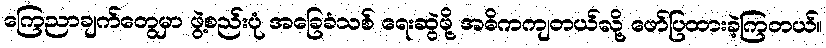
ကြေညာချက်တွေမှာ ဖွဲ့စည်းပုံ အခြေခံသစ် ရေးဆွဲဖို့ အဓိကကျတယ်လို့ ဖော်ပြထားခဲ့ကြတယ်။